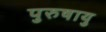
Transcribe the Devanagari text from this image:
पुरुषायु